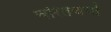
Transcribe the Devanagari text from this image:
चरितचर्या